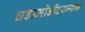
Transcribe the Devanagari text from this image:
घडामोडींदरम्यान